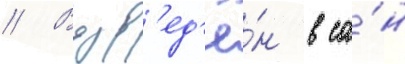
// Возв'ед'ё́н в са́н